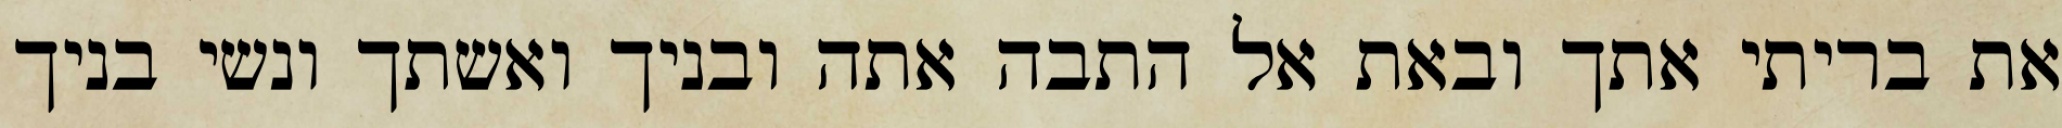
את בריתי אתך ובאת אל התבה אתה ובניך ואשתך ונשי בניך